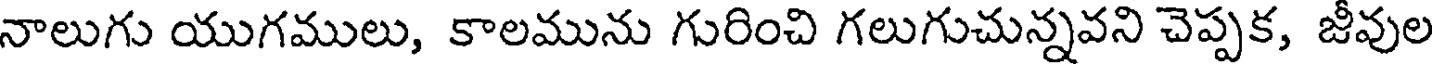
నాలుగు యుగములు, కాలమును గురించి గలుగుచున్నవని చెప్పక, జీవుల